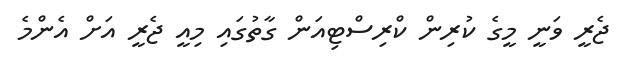
ޖެރީ ވަނީ މީގެ ކުރިން ކްރިސްޓިއަން ގާތުގައި މިއީ ޖެރީ އަށް އެންމެ